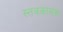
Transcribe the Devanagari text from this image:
स्तवकासन्न